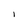
Character: I